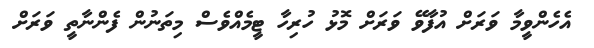
އެހެންވީމާ ވަރަށް އުފާވޭ ވަރަށް މޮޅު ހުރިހާ ޓީމެއްވެސް މިތަނުން ފެންނާތީ ވަރަށް